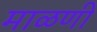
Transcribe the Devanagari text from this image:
माळणी